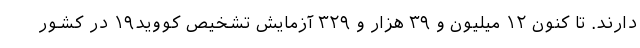
دارند. تا کنون ۱۲ میلیون و ۳۹ هزار و ۳۲۹ آزمایش تشخیص کووید۱۹ در کشور